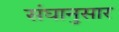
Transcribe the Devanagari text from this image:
संघानुसार